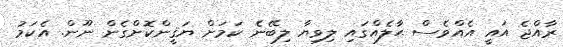
ރާއްޖެ އައީ އެއްވެސް ޙާލެއްގައި ލިވިޔާ ލިބޭނެ ކަމަށް ޔަޤީންކޮށްގެން ނޫން. އެކަމު